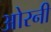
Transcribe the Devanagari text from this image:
ओरनी